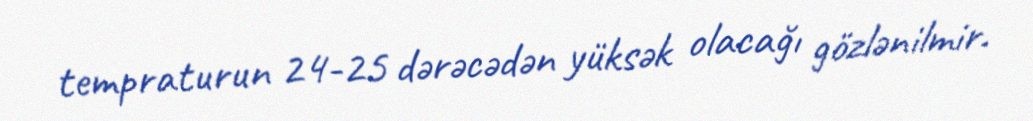
tempraturun 24-25 dərəcədən yüksək olacağı gözlənilmir.